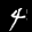
Label: 4